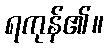
ရကုန်၏။